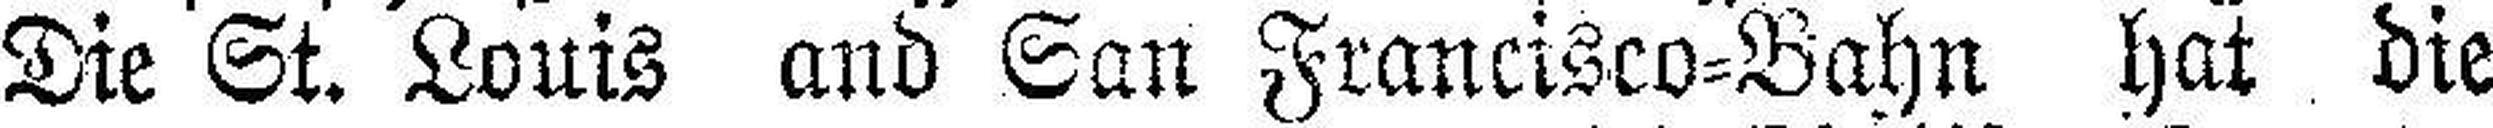
Die St. Louis and San Francisco=Bahn hat die